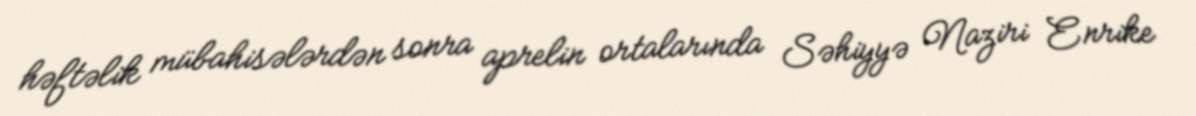
həftəlik mübahisələrdən sonra aprelin ortalarında Səhiyyə Naziri Enrike